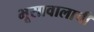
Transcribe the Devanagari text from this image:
भूसावालाची